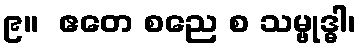
၉။  ဧတေ စညေ စ သမ္ဗုဒ္ဓါ၊